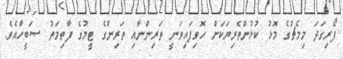
ފޯރިގަދަ މިމެޗުގެ މޮޅު ކުޅުންތެރިޔަކަށް ހޮވިފައިވަނީ ތަރިންނާއި ތަރިންގެ ޓީމުގެ ފާތިމަތު ޞަބީހާއެވެ.